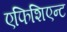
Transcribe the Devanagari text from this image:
एफिशिएन्ट